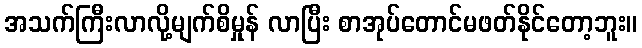
အသက်ကြီးလာလို့မျက်စိမှုန် လာပြီး စာအုပ်တောင်မဖတ်နိုင်တော့ဘူး။